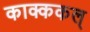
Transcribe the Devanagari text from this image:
काक्ककल्